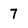
Character: 7